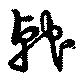
戟